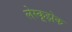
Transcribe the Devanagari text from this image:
लेस्कूझेक